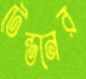
টেন্ডনের